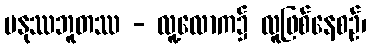
မနုဿဘူတဿ - လူ့လောက၌ လူဖြစ်နေစဉ်၊